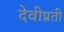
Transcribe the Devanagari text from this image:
देवीप्रती